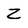
Character: Z